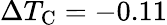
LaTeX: \Delta{}T_{\textrm{C}}=-0.11